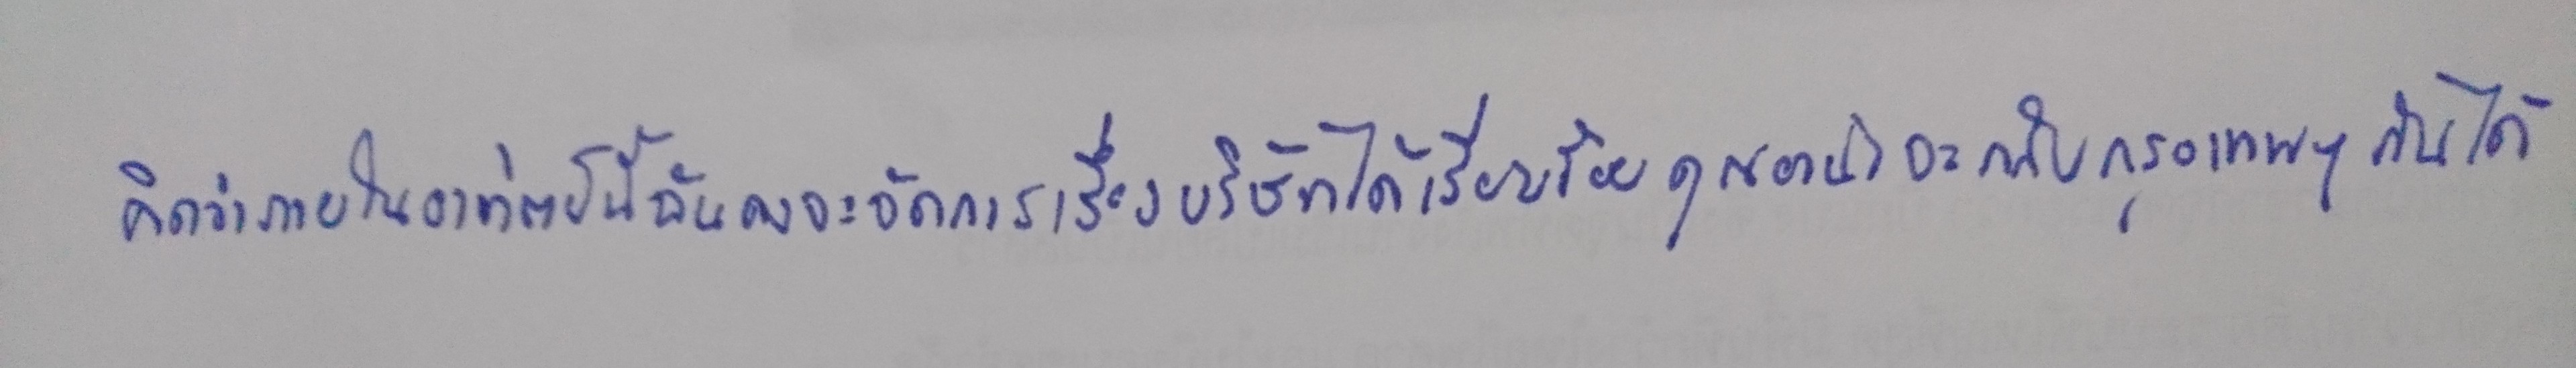
"คิดว่าภายในอาทิตย์นี้ฉันคงจะจัดการเรื่องบริษัทได้เรียบร้อยคุณอาน่าจะกลับกรุงเทพฯกันได้"